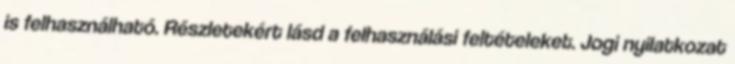
is felhasználható. Részletekért lásd a felhasználási feltételeket. Jogi nyilatkozat